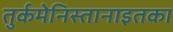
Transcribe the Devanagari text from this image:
तुर्कमेनिस्तानाइतका